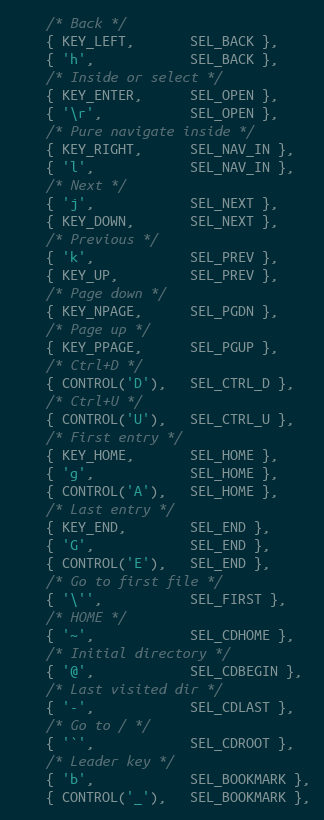
Language: C
	/* Back */
	{ KEY_LEFT,       SEL_BACK },
	{ 'h',            SEL_BACK },
	/* Inside or select */
	{ KEY_ENTER,      SEL_OPEN },
	{ '\r',           SEL_OPEN },
	/* Pure navigate inside */
	{ KEY_RIGHT,      SEL_NAV_IN },
	{ 'l',            SEL_NAV_IN },
	/* Next */
	{ 'j',            SEL_NEXT },
	{ KEY_DOWN,       SEL_NEXT },
	/* Previous */
	{ 'k',            SEL_PREV },
	{ KEY_UP,         SEL_PREV },
	/* Page down */
	{ KEY_NPAGE,      SEL_PGDN },
	/* Page up */
	{ KEY_PPAGE,      SEL_PGUP },
	/* Ctrl+D */
	{ CONTROL('D'),   SEL_CTRL_D },
	/* Ctrl+U */
	{ CONTROL('U'),   SEL_CTRL_U },
	/* First entry */
	{ KEY_HOME,       SEL_HOME },
	{ 'g',            SEL_HOME },
	{ CONTROL('A'),   SEL_HOME },
	/* Last entry */
	{ KEY_END,        SEL_END },
	{ 'G',            SEL_END },
	{ CONTROL('E'),   SEL_END },
	/* Go to first file */
	{ '\'',           SEL_FIRST },
	/* HOME */
	{ '~',            SEL_CDHOME },
	/* Initial directory */
	{ '@',            SEL_CDBEGIN },
	/* Last visited dir */
	{ '-',            SEL_CDLAST },
	/* Go to / */
	{ '`',            SEL_CDROOT },
	/* Leader key */
	{ 'b',            SEL_BOOKMARK },
	{ CONTROL('_'),   SEL_BOOKMARK },